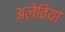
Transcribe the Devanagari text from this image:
अलेविया